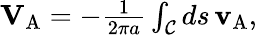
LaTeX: \begin{array}{r}{\mathbf{V}_{\mathrm{A}}=-\frac{1}{2\pi a}\int_{\mathcal{C}}ds\, \mathbf{v}_{\mathrm{A}},}\end{array}